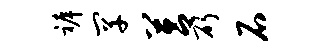
裤罕莒斫石